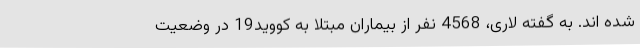
شده اند. به گفته لاری، 4568 نفر از بیماران مبتلا به کووید19 در وضعیت